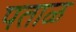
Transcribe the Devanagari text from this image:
पताळ